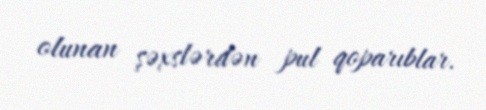
olunan şəxslərdən pul qoparıblar.